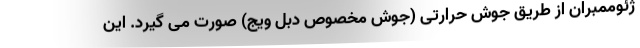
ژئوممبران از طریق جوش حرارتی (جوش مخصوص دبل ویج) صورت می گیرد. این